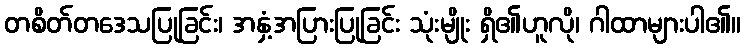
တစိတ်တဒေသပြုခြင်း၊ အနှံ့အပြားပြုခြင်း သုံးမျိုး ရှိ၏ဟူလို၊ ဂါထာများပါ၏။